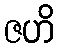
ဇဟိ